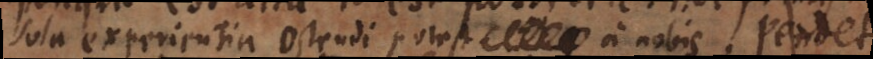
sola experientia ostendi potest a nobis. Pendet